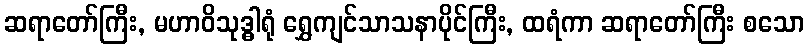
ဆရာတော်ကြီး, မဟာဝိသုဒ္ဓါရုံ ရွှေကျင်သာသနာပိုင်ကြီး, ထရံကာ ဆရာတော်ကြီး စသော